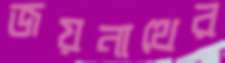
জয়নাথের